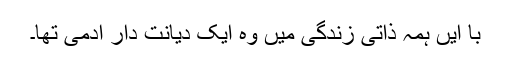
با ایں ہمہ ذاتی زندگی میں وہ ایک دیانت دار آدمی تھا۔